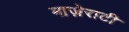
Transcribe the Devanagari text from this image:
माज़ेराटी